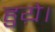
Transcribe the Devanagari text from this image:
हुय़े।